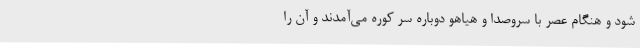
شود و هنگام عصر با سروصدا و هیاهو دوباره سرِ کوره می‌آمدند و آن را